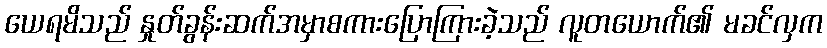
ယေရမိသည် နှုတ်ခွန်းဆက်အမှာစကားပြောကြားခဲ့သည် လူတယောက်၏ မခင်လှက